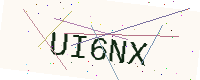
Text: UI6NX